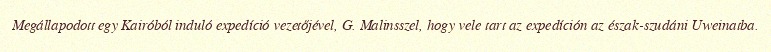
Megállapodott egy Kairóból induló expedíció vezetőjével, G. Malinsszel, hogy vele tart az expedíción az észak-szudáni Uweinatba.